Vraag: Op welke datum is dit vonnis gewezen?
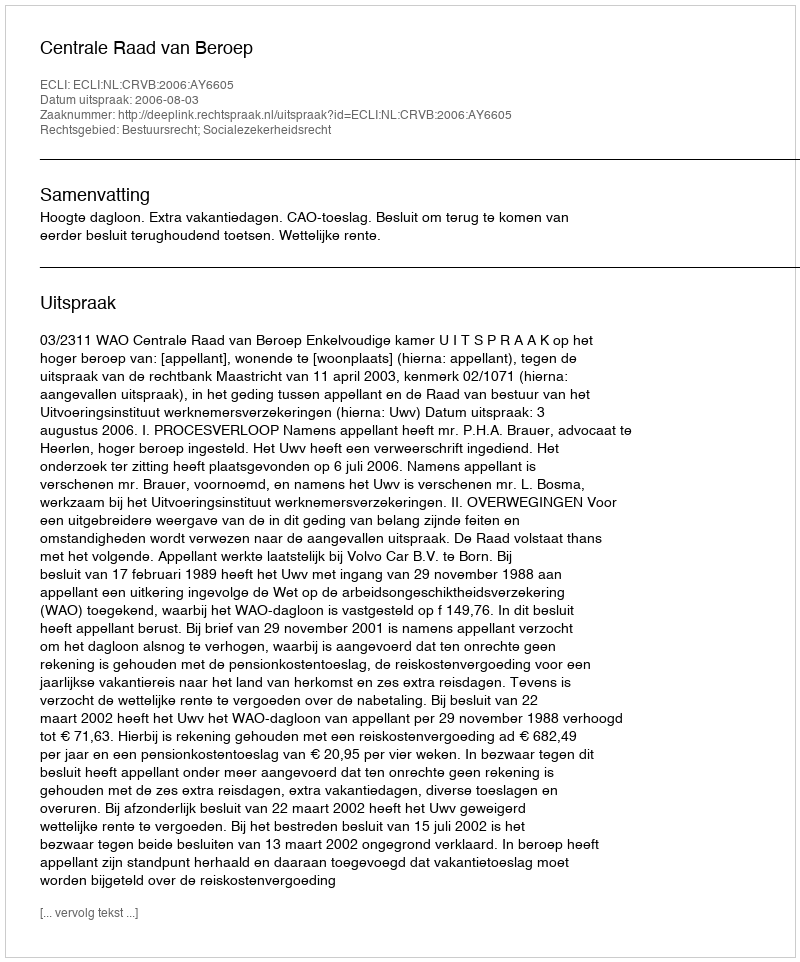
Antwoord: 2006-08-03